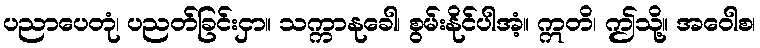
ပညာပေတုံ၊ ပညတ်ခြင်းငှာ။ သက္ကာနုခေါ၊ စွမ်းနိုင်ပါအံ့။ ဣတိ၊ ဤသို့။ အဝေါစ၊